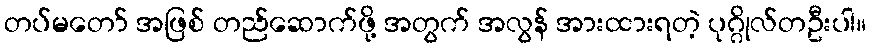
တပ်မတော် အဖြစ် တည်ဆောက်ဖို့ အတွက် အလွန် အားထားရတဲ့ ပုဂ္ဂိုလ်တဦးပါ။